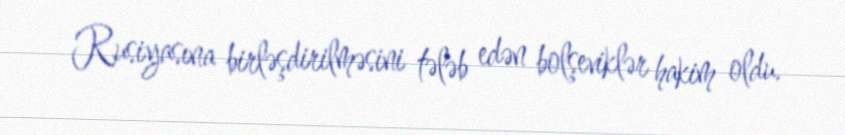
Rusiyasına birləşdirilməsini tələb edən bolşeviklər hakim oldu.